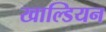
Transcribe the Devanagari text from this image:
खाल्डियन